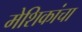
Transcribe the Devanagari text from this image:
मेशिकांचा